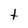
Character: t